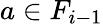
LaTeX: a\in F_{i-1}